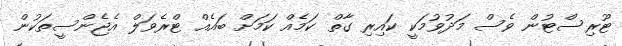
ޓޫރިސްޓުން ވެސް މަދުވުމަކީ ކައިރި ގާތް ކަމެއް ކަމަށް ބައެއް ޓްރެވަލް އެޖެންސީތަކުން